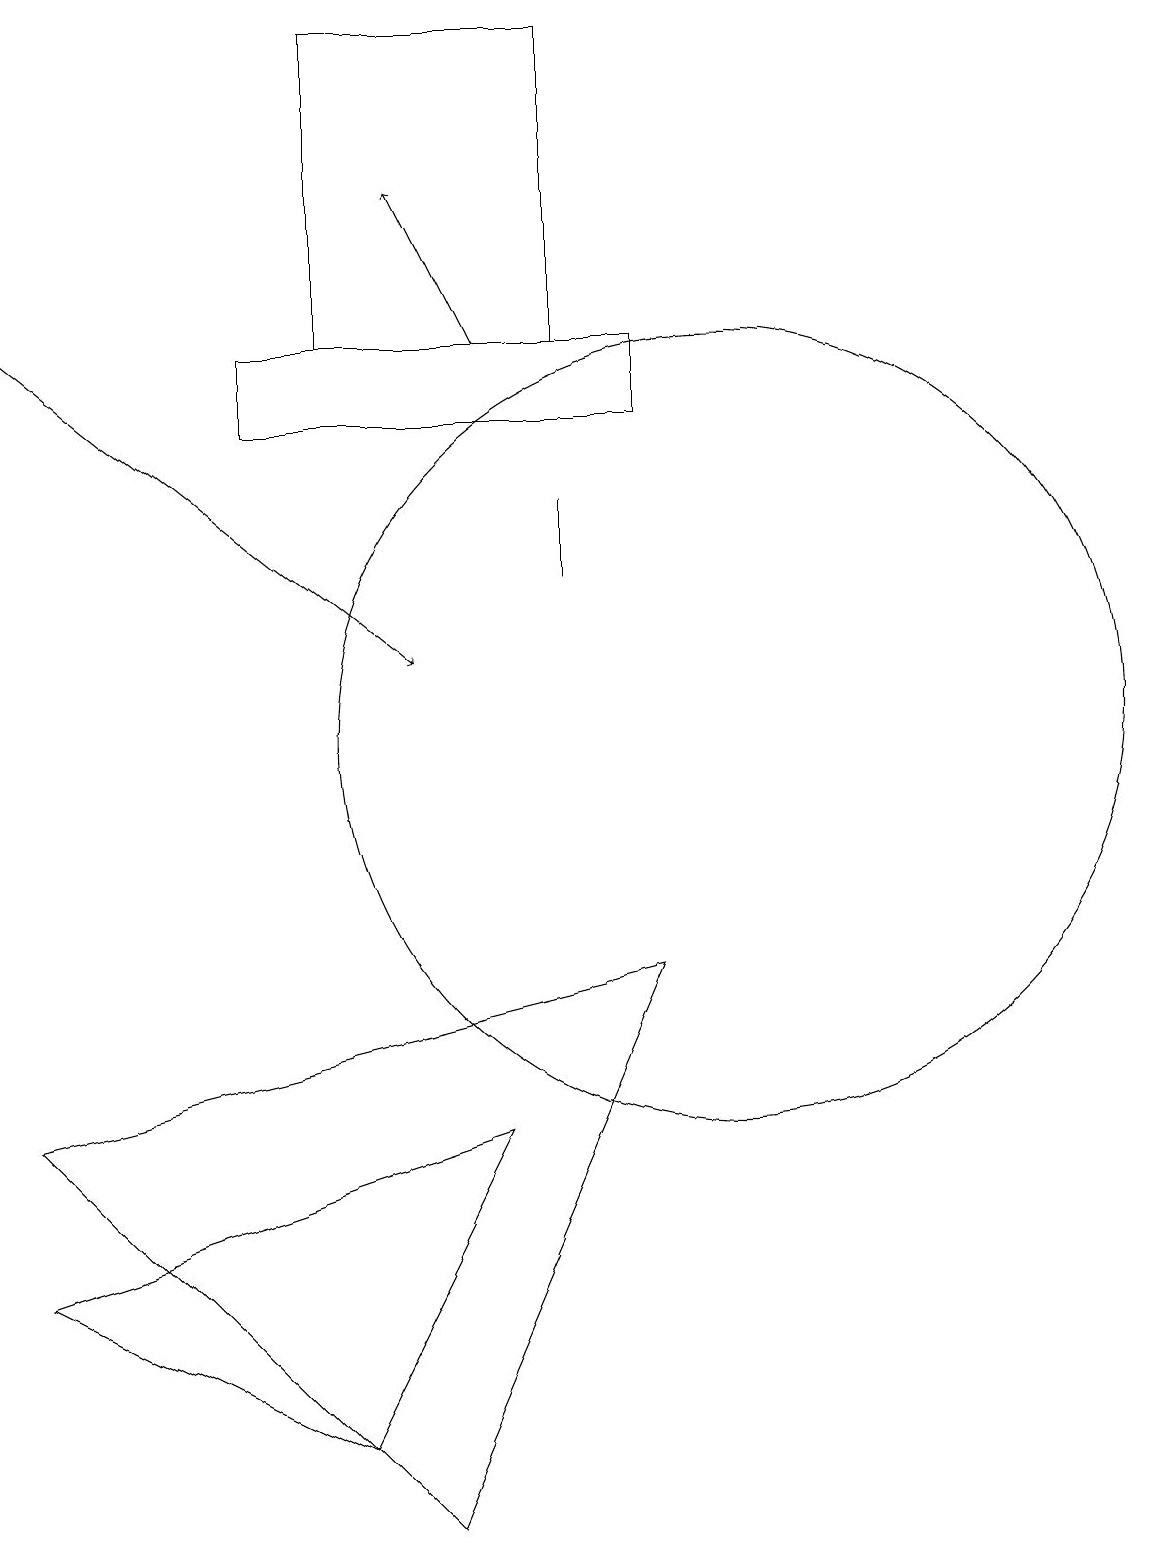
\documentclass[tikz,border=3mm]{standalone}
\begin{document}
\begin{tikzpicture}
\draw (6,0) -- (9,7) -- (1,5) -- cycle;
\draw[->] (1,15) -- (6,11);
\draw (1,3) -- (7,5) -- (5,1) -- cycle;
\draw (8,19) rectangle (5,15);
\draw[->] (7,15) -- (6,17);
\draw (10,10) circle (5);
\draw (9,14) rectangle (4,15);
\draw (8,13) rectangle (8,12);
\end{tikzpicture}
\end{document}